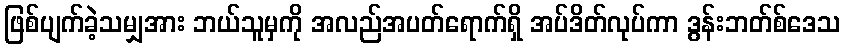
ဖြစ်ပျက်ခဲ့သမျှအား ဘယ်သူမှကို အလည်အပတ်ရောက်ရှိ အပ်ဒိတ်လုပ်ကာ ဒွန်းဘတ်စ်ဒေသ